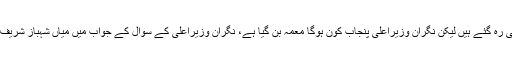
تفصیلات کے مطابق موجودہ حکومت کی مدت ختم ہونے میں محض نوروز باقی رہ گئے ہیں لیکن نگران وزیراعلی پنجاب کون ہوگا معمہ بن گیا ہے، نگران وزیراعلیٰ کے سوال کے جواب میں میاں شہباز شریف دو مرتبہ صحافیوں کی جانب سے پوچھے گئے سوال پر بات کو گول کر گئے۔